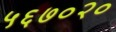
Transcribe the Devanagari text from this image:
५६७०२०